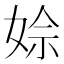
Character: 𡝙